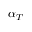
\alpha _ { T }